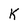
Character: K